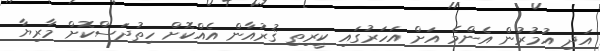
އަދި އުމުރުން އެންމެ އަށް އަހަރުގައި ކީރިތި ޤުރުއާން އެއްކޮށް ހިތުދަސްކޮށް މާރިޔާ